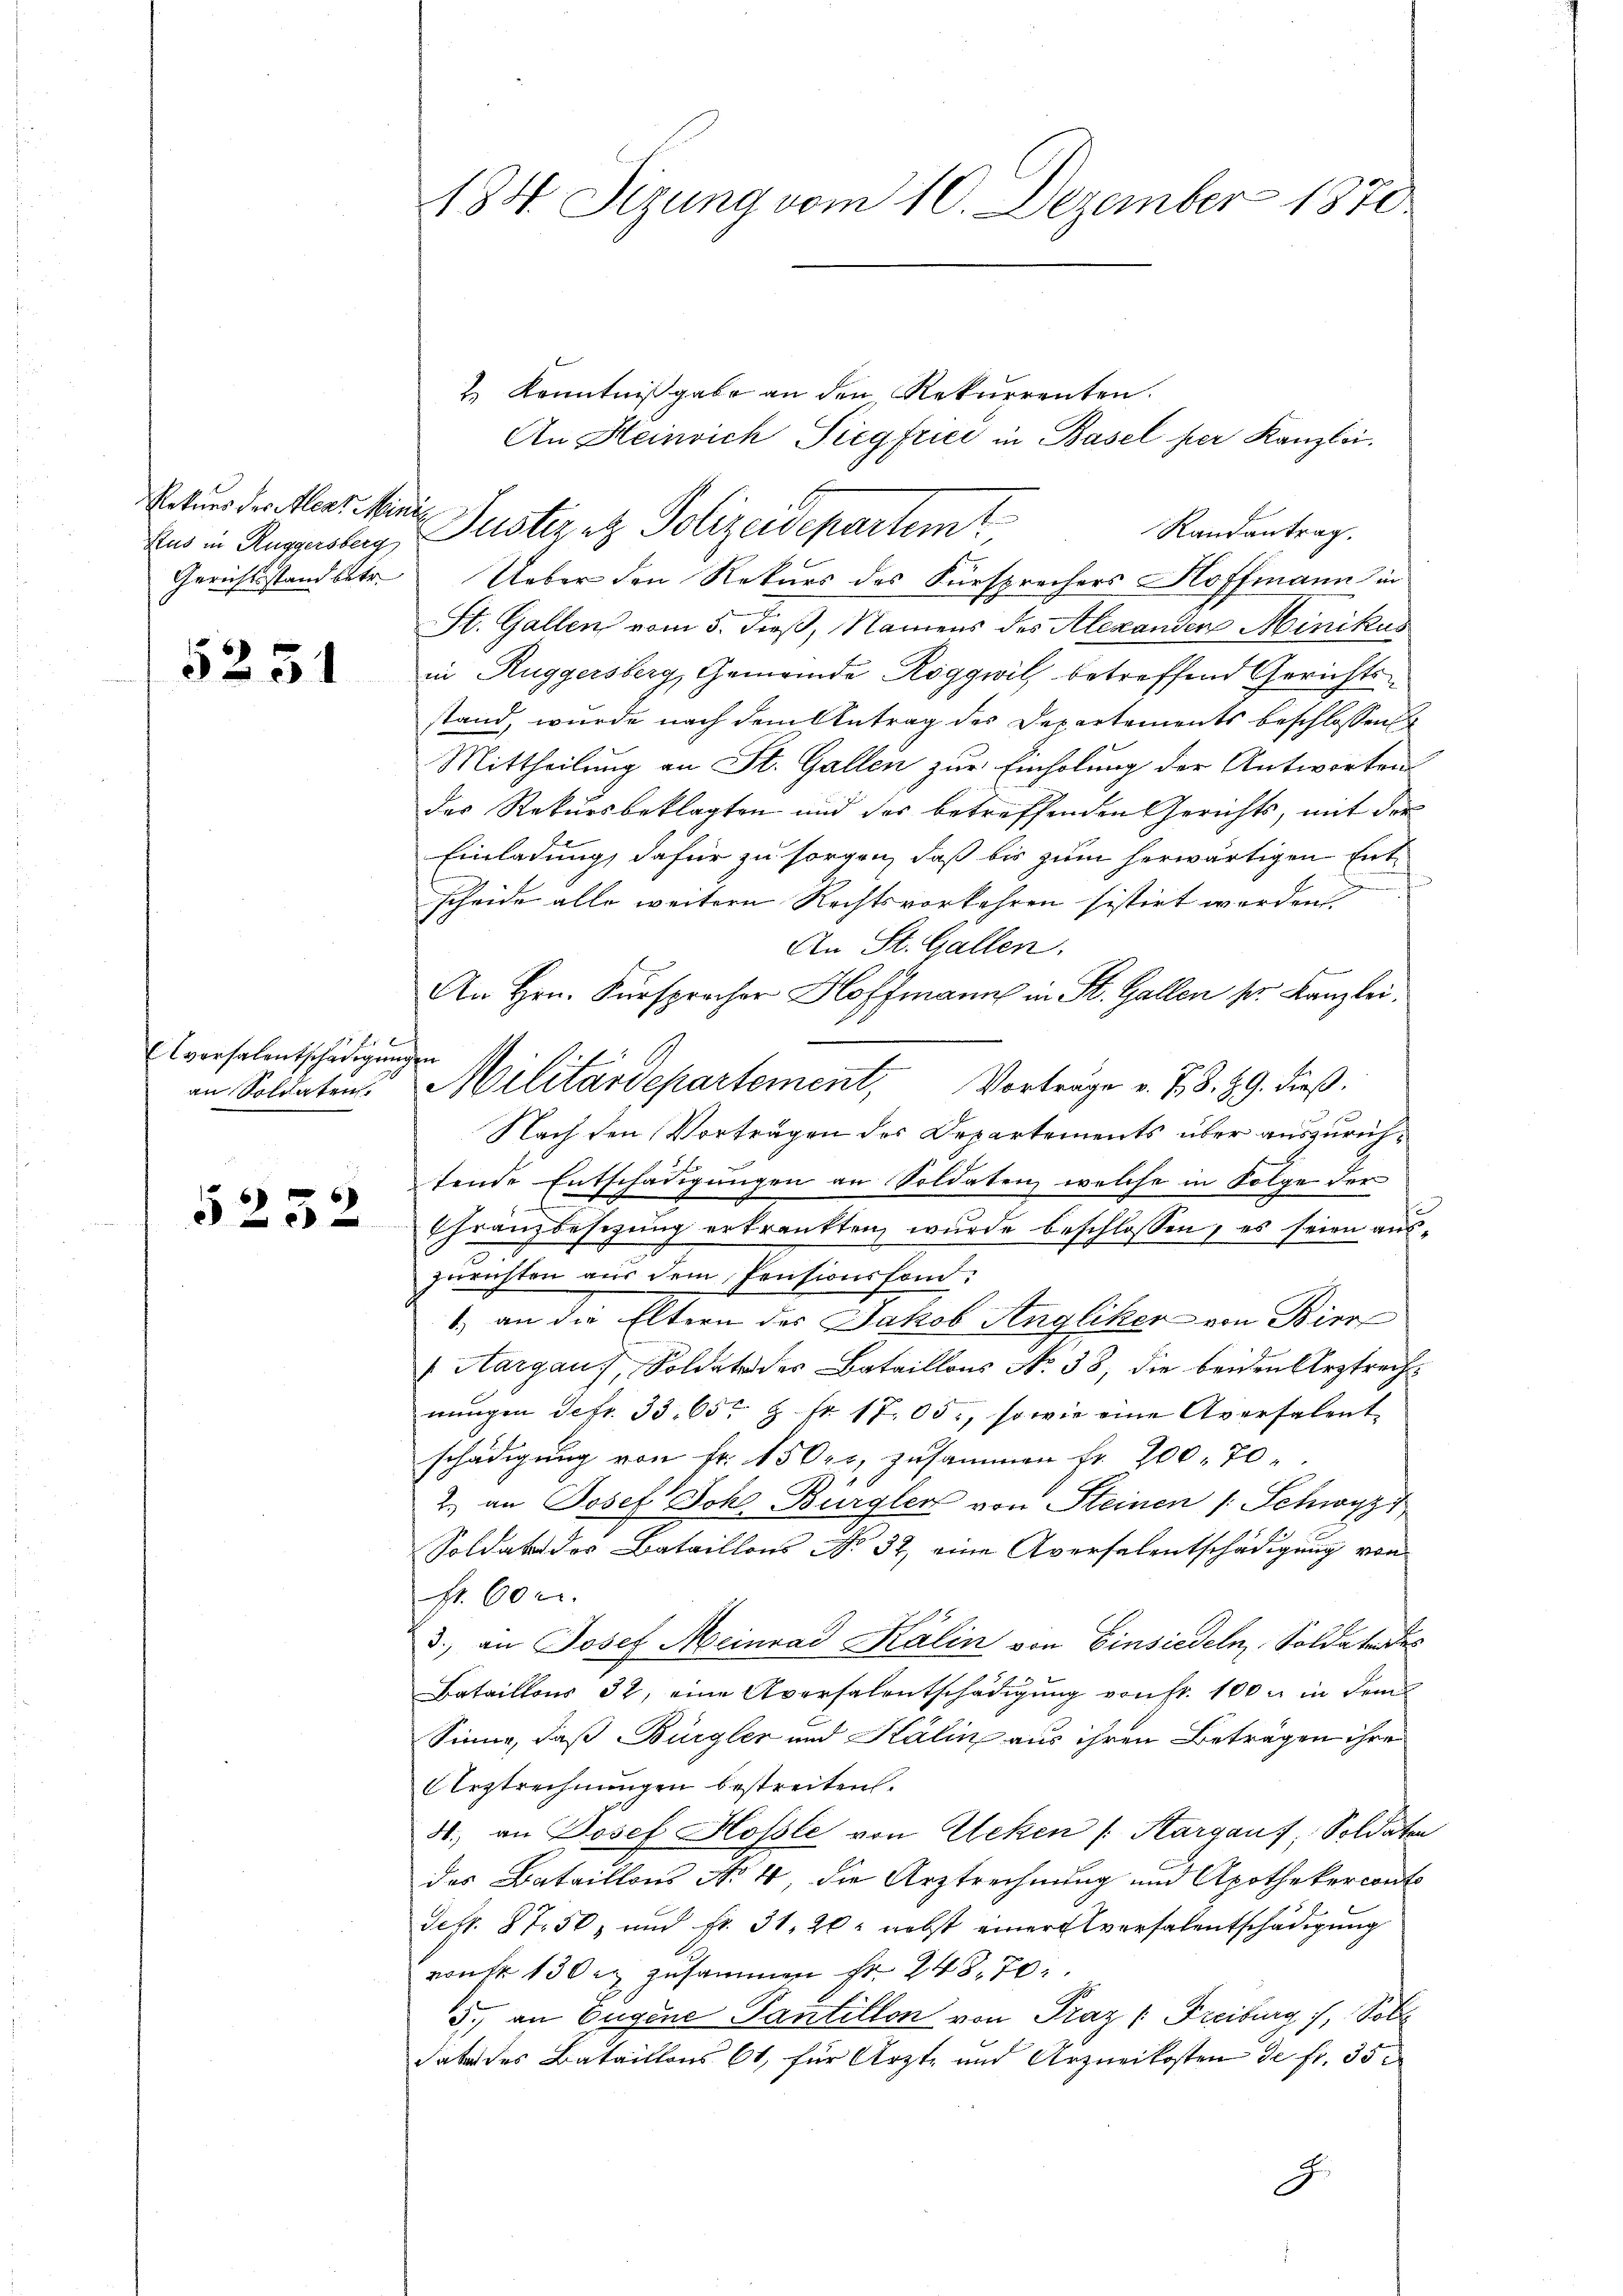
Rekurs des Alear Minis
Gerichtsstand betr.

5231

Elvorsalentschädigungen
an Soldaten.

5232

184. Sizung vom 10. Dezember 1870

2) Kenntnißgabe an den Rekurrenten.
An Heinrich Siegfrici in Basel per Kanzlei.
Randantrag.
Ueber den Rekurs des Fürsprechers Hoffmann in
St. Gallen vom 5. dieß, Namens des Alexanden Minikus
in Ruggersberg, Gemeinde Roggwil betreffend Gerichts
stand, wurde nach dem Antrag des Departements beschlossen
Mittheilung an St. Gallen zur Einholung der Antworten
das Rekursbeklagten und der betreffenden Gerichts, mit der
Einladung, dafür zu sorgen, daß bis zum herwärtigen Entscheide alle weitern Rechtsvorkehren sistirt worden
An St. Gallen.
An Hrn. Fürsprocher Hoffmann in St. Gallen pr. Kanzlei.
Nach den Vorträgen des Departements über auszurichtende Entschädigungen an Soldaten, welche in Folge der
Granzbesizung erkrankten wurde beschlossen, es seien auszurichten aus dem Pensionsfant.
1.) an die Eltern des Jakob Angliker von Bier
Hargau, Soldate des Bataillons No 33, die beiden Arztrechnŭngen Sefr. 33. 65. 8 Fr. 17.05., sowie eine Aversalent
schädigung von Fr. 150fr. zusammen fr. 200. 70
2.) an Josef Joh. Bürgler von Steinen (Schwyz
Soldat des Bataillons No. 32, eine Aversalentschädigung von
fr. 600.
3., an Josef Meinrad Kälin von Einsiedeln, Soldaten des
Bataillons 32, eine Aversalentschädigung von fr. 100 u. in dem
Sinne, daß Bürgler und Kälin aus ihren Beträgen ihre
Arztrechnungen bestreiten.
4. an Josef Holle von Eleken (Hargau, Soldaten
das Bataillons No 4, die Arztrechnung und Apothekercont
Sekr. 87. 50, und Nr. 31, 20 nebst einer versalentschädigung
von 130 rt zusammen Fr. 248. 70
5. an Eugene Pantillon von Praz (Freiburg, Sol
dabei des Bataillons 61, für Ärzte und Arzneikosten de fr. 35

And in Angaben, Pustiz etz. Polizeidepartemt

Militärdepartement, Vortrage v. J. S. 89. dieß.